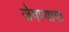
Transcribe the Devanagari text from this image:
जेवण्याचा